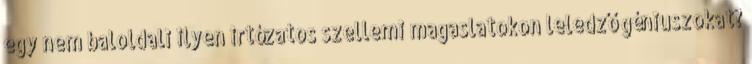
egy nem baloldali ilyen irtózatos szellemi magaslatokon leledző géniuszokat?